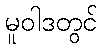
မူဝါဒတွင်